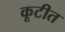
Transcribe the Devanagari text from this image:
कूटीत